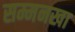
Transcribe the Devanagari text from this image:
सम्मनखा